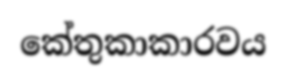
කේතුකාකාරවය